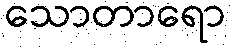
သောတာရော